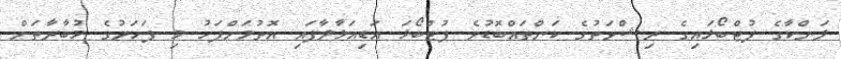
ލަންކާގެ ފުޓްބޯޅައިގެ ރިޝްވަތުގެ ކަންތައްބޮޑުވެ ފުޓްބޯޅަ އަޑިއަޅާލާފައި އޮތުމަށްފަހު މި ފަހަރުގެ މުބާރާތަށް